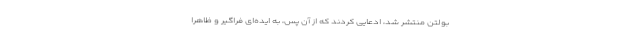
بولتن منتشر شد، ادعایی کردند که از آن پس، به ایده‌ای فراگیر و ظاهراً